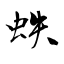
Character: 蛈